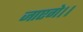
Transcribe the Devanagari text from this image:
जाएगे।।